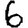
Digit: 6